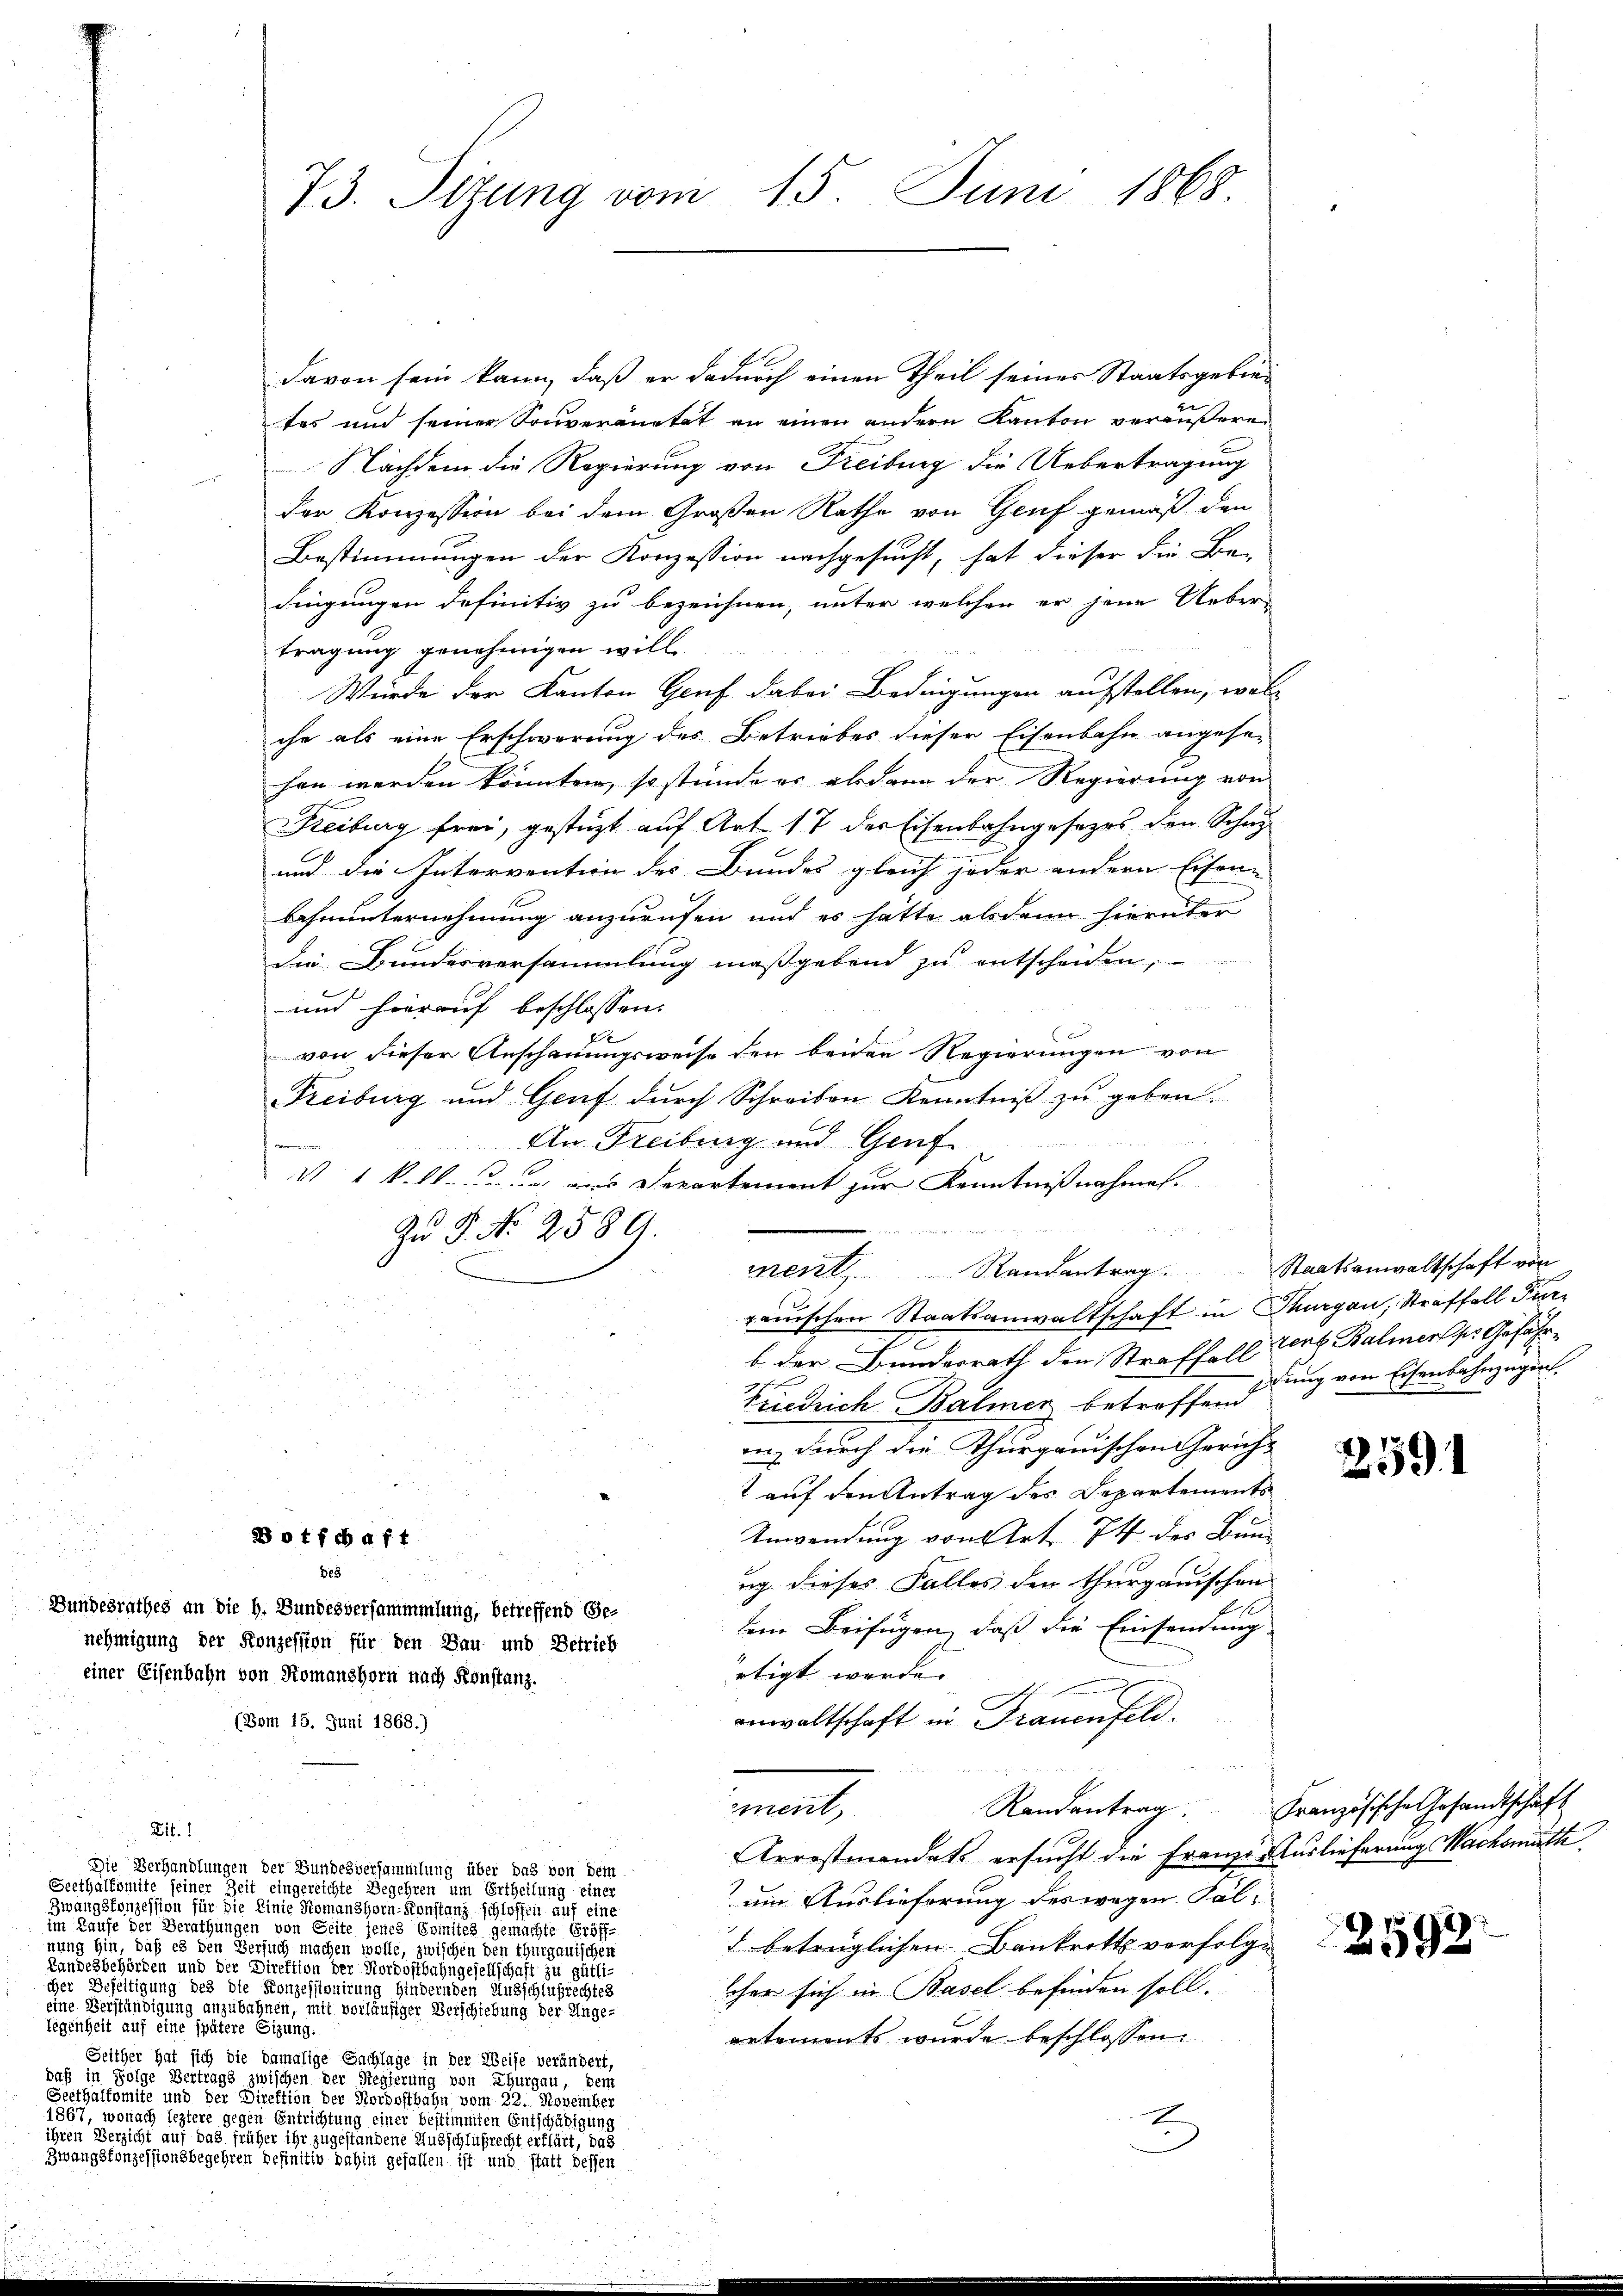
davon sein kann, daß er dadurch einen Theil seines Staatsgebietes und seiner Souveranetät an einen andern Kanton veräußere
Nachdem die Regierung von Freiburg die Uebertragung
der Konzession bei dem Großen Rathe von Genf gemäß den
Bestimmungen der Konzession nachgesucht, hat dieser die Be-
dingungen definitiv zu bezeichnen, unter welchen er jene Ueber-
tragung genehmigen will.
Wurde der Kanton Genf dabei Bedingungen aufstellen, was
che als eine Erschwerung des Betriebes dieser Eisenbahn angesehen werden könnten, so stünde er alsdann der Regierung von
Freiburg frei, gestützt auf Art. 17 der Eisenbahngesezes den Schu
und die Intervention des Bundes gleich jeder andern Eisen-
Bahnunternehmung anzurufen und es hatte alsdann hierüber
die Bundesversammlung maßgebend zu entscheiden,
und hierauf beschlossen:
von dieser Anschauungsweise den beiden Regierungen von
Freiburg und Genf dŭrch Schreiben Kenntniβ zŭ geben.

An Freibung und Genf
V 4 v. M. dann aus Departement zur Kenntnißnahmes.

Zu P. No 2589
ment Randantrag
ganischen Staatsanwaltschaft in Thurgau, Straffall Furb der Bundesrath den Straffall Tert Balmers ser Gefähr¬
Friedrich Balmer betroffend
en, durch die Thurgauischen Gericht
2 auf den Antrag des Departements
Anwendung von Art. 74 des Bun-
B o t fchaft
Bes
ug dieses Falles den thurgauischen
Gundesrathes an die h. Bundesversammmlung, betreffend Gedem Beifügen, daß die Einsendung
nehmigung der Konzession für den Bau und Betrieb
rtigt werde.
einer Eisenbahn von Romanshorn nach Konstanz.
B
anwaltschaft in Frauenfeld.
(Bom 15. Juni 1868.)
sment,
Lit. 1
Arrostmandats ersucht die Franze Auslieferung Nachsmuth
Die Verhandlungen der Bundesversammlung über das von dem
Seethaltemite seiner Zeit eingereichte Begehren um Ertheilung einer
um Auslieferung deswegen Fal¬
Zwangskonzession für die Einie Nomanshorn-Konstanz schloffen auf eine
im Kaufe der Berathungen von Seite jenes Ermites gemachte Eröff-
d betrüglichen Bankrotts verfolge
rung hin, daß es den Versuch machen wolle, zwischen den thurgauischen
Landesbehörden und der Direktion der Nordostbahngesellschaft zu gütliiher Beseitigung des die Konzessionirung hindernden Ausschlußrechtes
lcher sich in Basel befinden soll.
ine Verständigung anzubahnen, mit vorläufiger Verschiebung der Unge-
legenheit auf eine spätere Sizung.
artements wurde beschlossen:
Seither hat sich die damalige Sachlage in der Weise verändert,
uß in Folge Vertrags zwischen der Regierung von Thurgau, dem
Seethaltömite und der Direktion der Nordostbahn vom 22. November
1867, wonach leztere gegen Entrichtung einer bestimmten Entschädigung
ihren Verzicht auf das früher ihr zugestandene Ausschlußrecht erklärt, das
Zwangstonzessionsbegehren definitiv dahin gefallen ist und statt dessen
u

73. Situng vom 15. Juni 1868

Staatsanwaltschaft von
dung von Eisenbahnzügen.

2591

Randantrag: Französische Gesandtschäft

2592.